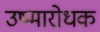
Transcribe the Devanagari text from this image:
उष्मारोधक